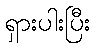
ရှားပါးပြီး